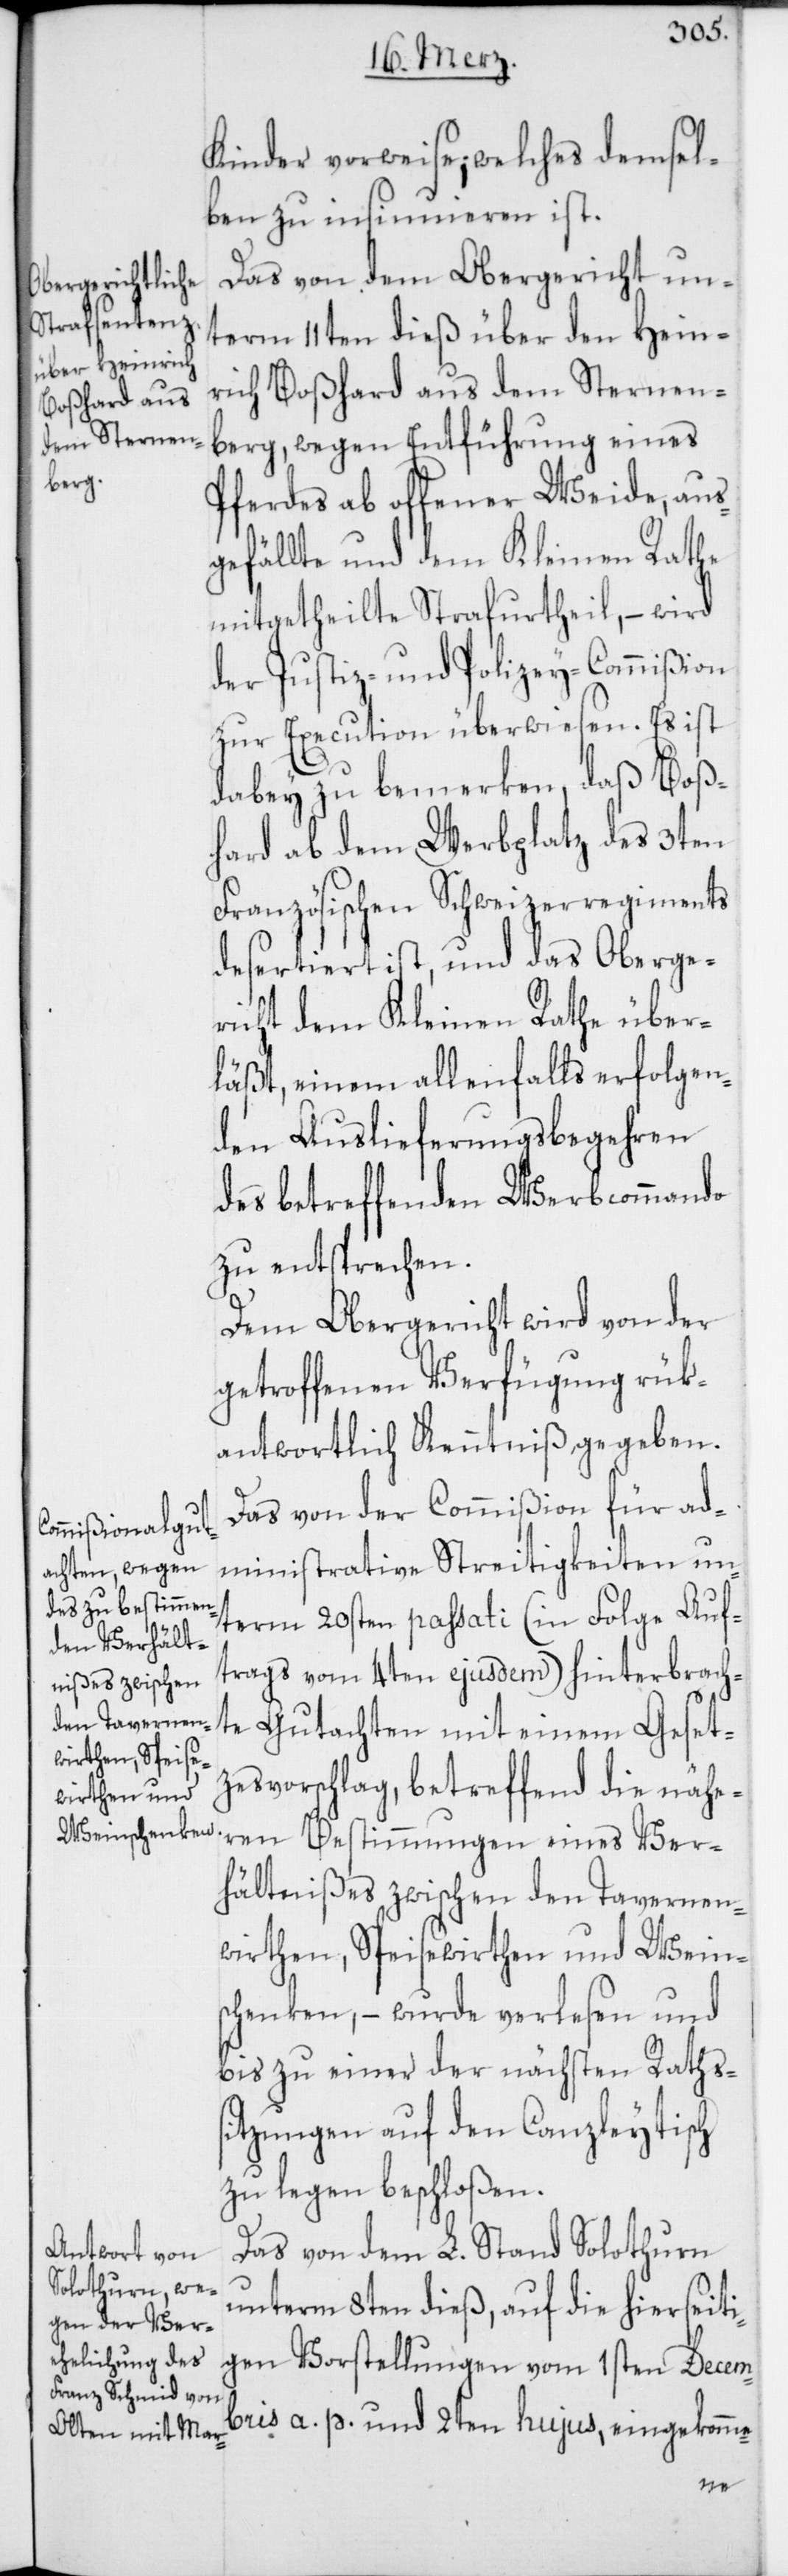
Kinder vorweise; welches demsel¬
ben zu insinnuieren ist.
Das von dem Obergericht un¬
term 11ten dieß über den Hein¬
rich Boßhard aus dem Sternen¬
berg, wegen Entführung eines
Pferdes ab offener Weide, aus¬
gefällte und dem Kleinen Rathe
mitgetheilte Strafurtheil, – wird
der Justiz- und Polizey-Commißion
zur Execution überwiesen. Es ist
dabey zu bemerken, daß Boß¬
hard ab dem Werbplatz des 3ten
Französischen Schweizerregiments
desertiert ist, und das Oberge¬
richt dem Kleinen Rathe über¬
läßt, einem allenfalls erfolgen¬
den Auslieferungs-Begehren
des betreffenden Werbkommando
zu entsprechen.
Dem Obergericht wird von der
getroffenen Verfügung rük¬
antwortlich Kenntniß gegeben.
Das von der Commißion für ad¬
ministrative Streitigkeiten un¬
term 20sten passati (in Folge Auf¬
trags vom 4ten ejusdem) hinterbrach¬
zesvorschlag, betreffend die nähe¬
ren Bestimmungen eines Ver¬
hältnißes zwischen den Tavernen¬
wirthen, Speisewirthen und Wein¬
schenken, – wurde verlesen und
bis zu einer der nächsten Ratss¬
itzungen auf den Canzleytisch
zu legen beschloßen.
Das von dem L. Stand Solothurn
unterm 8ten dieß, auf die hierseiti¬
gen Vorstellungen vom 1sten Decem¬
bris a. p. und 2ten hujus, eingekomme-
et¬